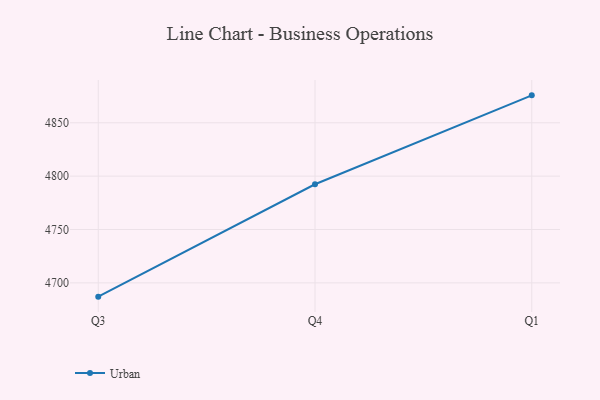
{"axis": {"x": "Quarter", "y": "Shipments"}, "legend": ["Urban"], "data": [{"x": "Q3", "y": 4687.1, "type": "Urban"}, {"x": "Q4", "y": 4792.4, "type": "Urban"}, {"x": "Q1", "y": 4875.7, "type": "Urban"}]}